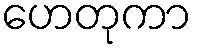
ဟေတုကာ